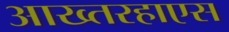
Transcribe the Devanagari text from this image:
आख्तरहाएस